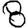
Digit: 8